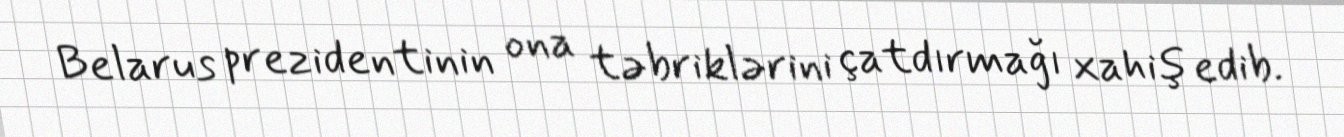
Belarus prezidentinin ona təbriklərini çatdırmağı xahiş edib.